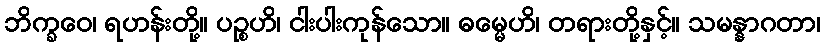
ဘိက္ခဝေ၊ ရဟန်းတို့။ ပဉ္စဟိ၊ ငါးပါးကုန်သော။ ဓမ္မေဟိ၊ တရားတို့နှင့်။ သမန္နာဂတာ၊